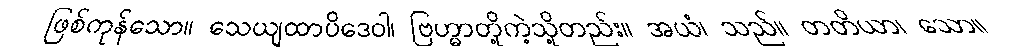
ဖြစ်ကုန်သော။ သေယျထာပိဒေဝါ၊ ဗြဟ္မာတို့ကဲ့သို့တည်း။ အယံ၊ သည်။ တတိယာ၊ သော။